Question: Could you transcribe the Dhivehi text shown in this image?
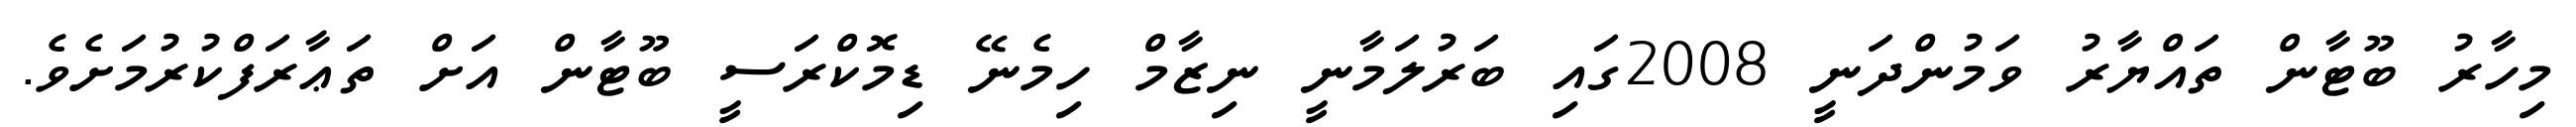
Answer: މިހާރު ބޫޓާން ތައްޔާރު ވަމުންދަނީ 2008ގައި ބަރުލަމާނީ ނިޒާމް ހިމެނޭ ޑިމޮކްރަސީ ބޫޓާން އަށް ތަޢާރަފްކުރުމަށެވެ.